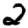
Digit: 2